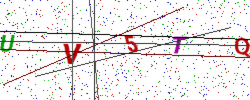
Text: UV5TQ